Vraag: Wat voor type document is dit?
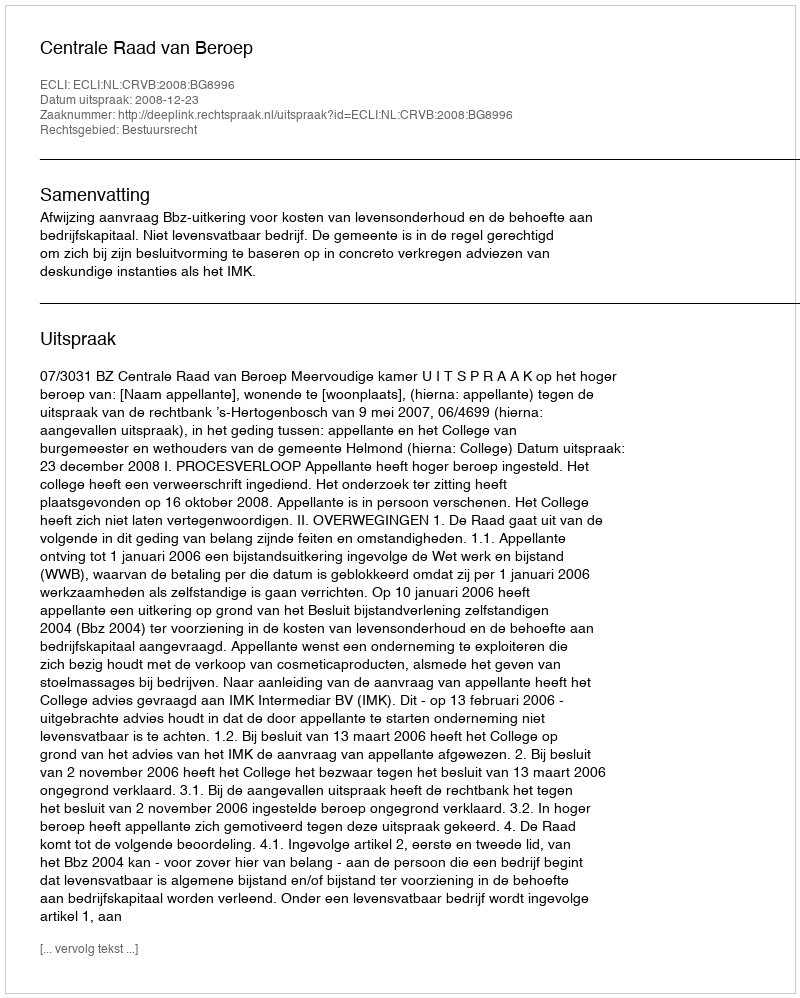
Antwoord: Uitspraak